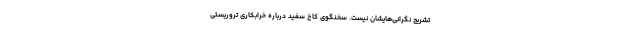
تشریح نگرانی‌هایشان نیست. سخنگوی کاخ سفید درباره خرابکاری تروریستی